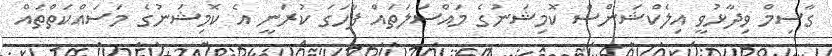
ގާސިމް ވިދާޅުވީ އިލެކްޝަންސް ކޮމިޝަނުގެ މައްސަލަތައް ފާހަގަ ކުރަނީ އެ ކޮމިޝަނުގެ މަސައްކަތްތައް